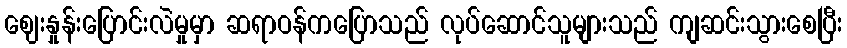
ဈေးနှုန်းပြောင်းလဲမှုမှာ ဆရာဝန်ကပြောသည် လုပ်ဆောင်သူများသည် ကျဆင်းသွားစေပြီး